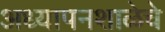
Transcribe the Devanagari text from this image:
अध्यापनशाळेचे